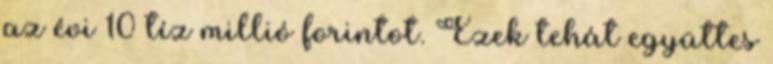
az évi 10 tíz millió forintot. Ezek tehát együttes